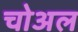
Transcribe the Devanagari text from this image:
चोअल